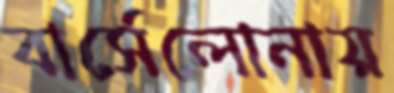
বার্সেলোনায়